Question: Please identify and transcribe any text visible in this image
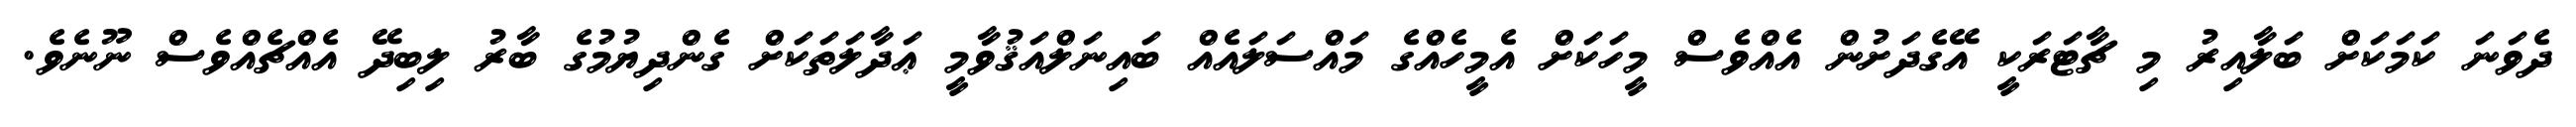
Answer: ދެވަނަ ކަމަކަށް ބަލާއިރު މި ޗާޓަރަކީ އޭގެދަށުން އެއްވެސް މީހަކަށް އެމީހެއްގެ މައްސަލައެއް ބައިނަލްއަޤުވާމީ ޢަދާލަތަކަށް ގެންދިޔުމުގެ ބާރު ލިބިދޭ އެއްޗެއްވެސް ނޫނެވެ.